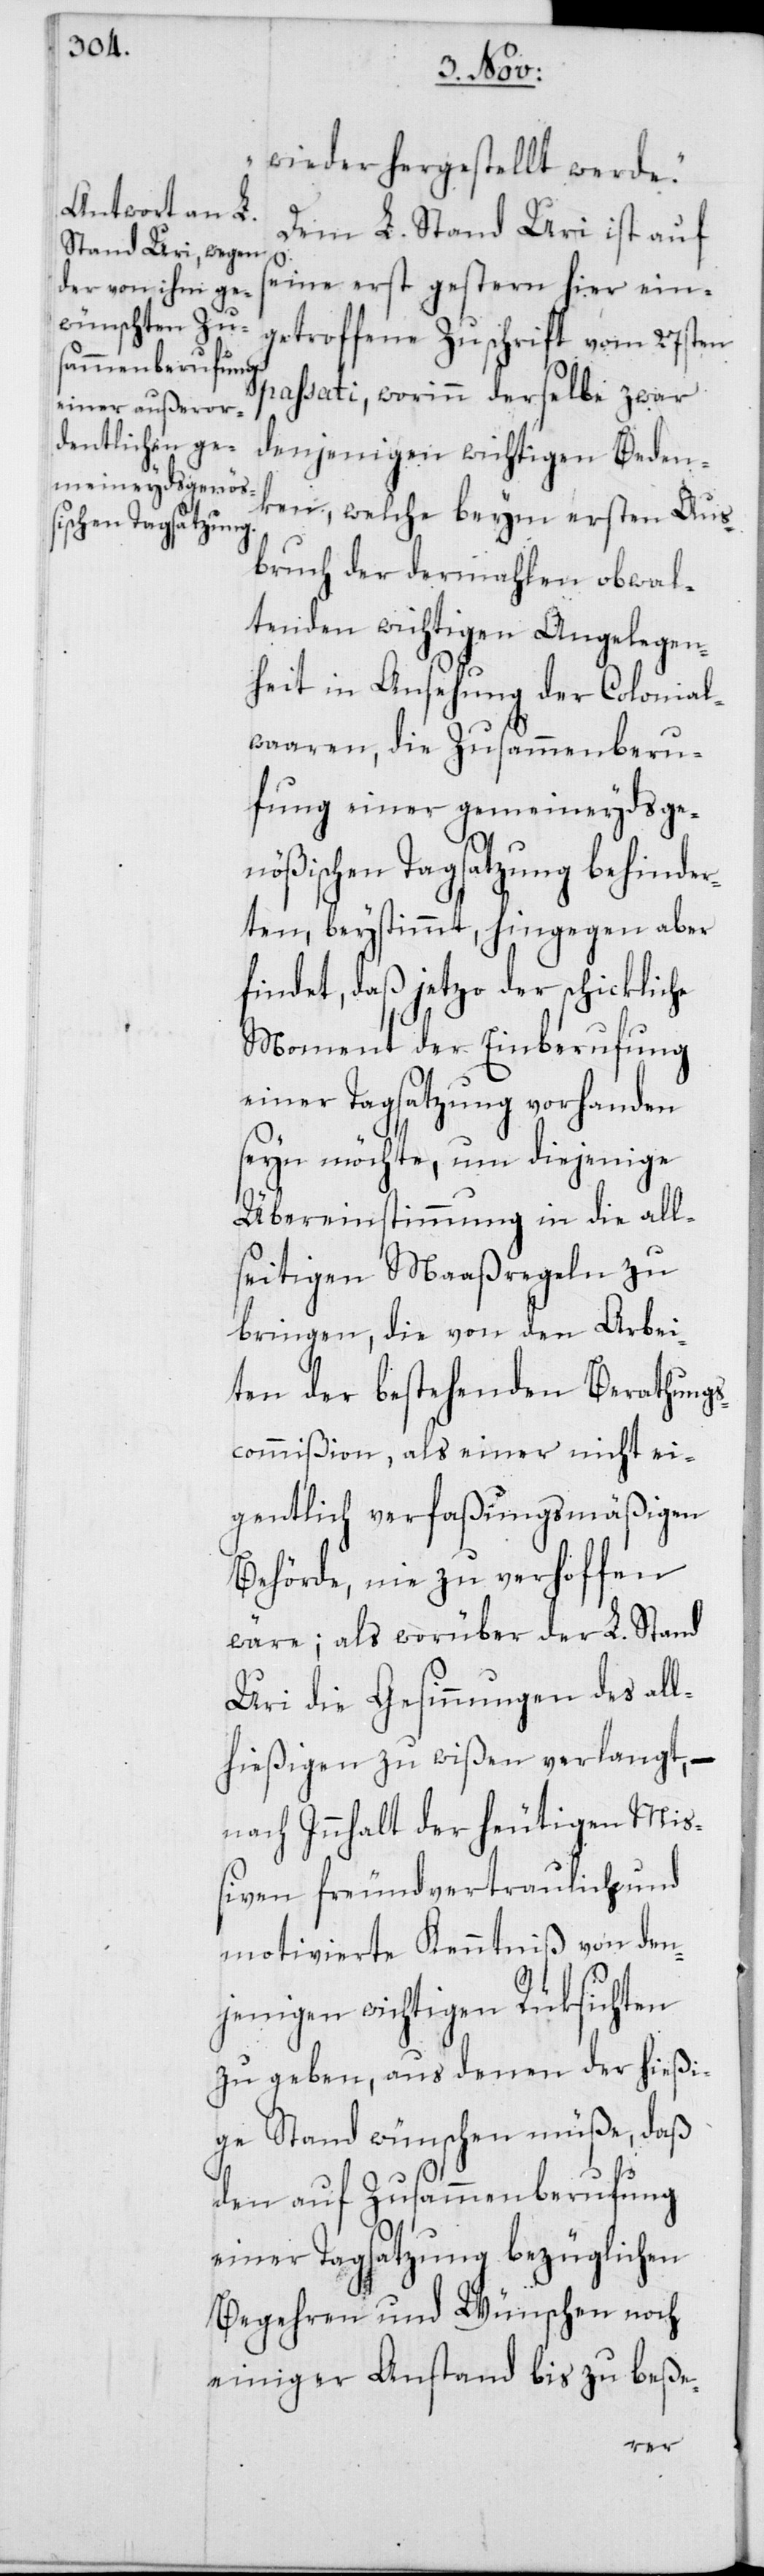
wieder hergestellt werde“.
Dem L. Stand Uri ist auf
seine erst gestern hier ein¬
getroffene Zuschrift vom 27sten
passati, worinn derselbe zwar
denjenigen wichtigen Beden¬
ken, welche beym ersten Aus¬
bruch der dermahlen obwal¬
tenden wichtigen Angelegen¬
heit in Ansehung der Colonial¬
waaren, die Zusammenberu¬
fung einer gemeineydsge¬
nößischen Tagsatzung behinder¬
ten beystimmt, hingegen aber
findet, daß jetzo der schickliche
Moment der Einberufung
einer Tagsatzung vorhanden
seyn möchte, um diejenige
Übereinstimmung in die all¬
seitigen Maaßregeln zu
bringen, die von den Arbei¬
ten der bestehenden Berathung¬
scommißion, als einer nicht ei¬
gentlich verfaßungsmäßigen
Behörde, nie zu verhoffen
wäre; als worüber der L. Stand
Uri die Gesinnungen des all¬
hießigen zu wißen verlangt, –
nach Innhalt der heutigen Miß¬
iven freundvertraulich und
motivierte Kenntniß von den¬
jenigen wichtigen Rüksichten
zu geben, aus denen der hießi¬
ge Stand wünschen müße, daß
den auf Zusammenberufung
einer Tagsatzung bezüglichen
Begehren und Wünschen noch
einiger Anstand bis zu beße-